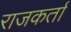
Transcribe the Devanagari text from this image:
राजकर्ता